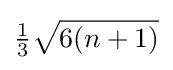
{\tfrac {1}{3}}{\sqrt {6(n+1)}}